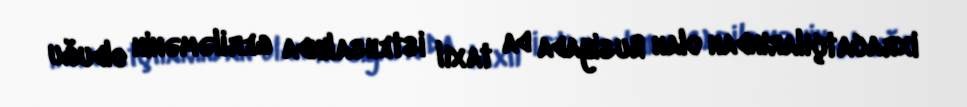
ixracatçılarından olan Rusiyada da taxıl istehsalında geriləmənin olduğu